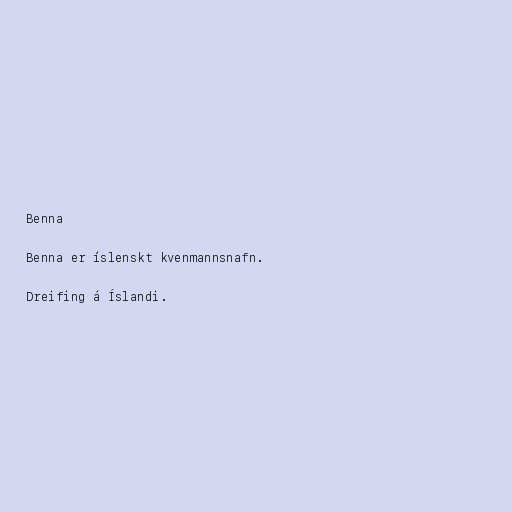
Benna

Benna er íslenskt kvenmannsnafn.

Dreifing á Íslandi.